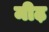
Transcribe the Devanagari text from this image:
मीढ़